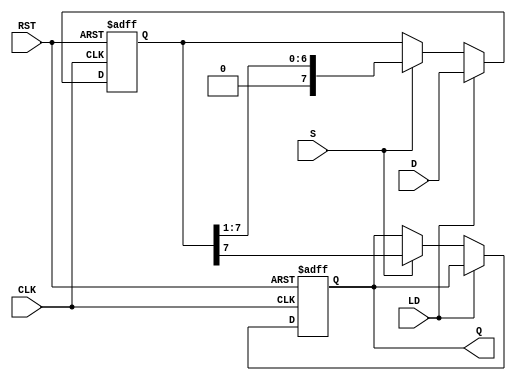
module PISO_Register #(
    parameter WIDTH = 8  // Define the width of the register (number of bits)
)(
    input wire [WIDTH-1:0] D,   // Parallel data input
    input wire LD,               // Load control signal
    input wire S,                // Shift control signal
    input wire CLK,              // Clock signal
    input wire RST,              // Reset signal
    output reg Q                 // Serial output
);

    reg [WIDTH-1:0] shift_reg;   // Shift register to hold the data

    // Asynchronous reset and Load/Shift operation
    always @(posedge CLK or posedge RST) begin
        if (RST) begin
            // On reset, clear the shift register
            shift_reg <= {WIDTH{1'b0}};
            Q <= 1'b0;
        end else begin
            if (LD) begin
                // Load data into the shift register
                shift_reg <= D;
            end else if (S) begin
                // Shift data and update the serial output
                Q <= shift_reg[WIDTH-1]; // Output the MSB
                shift_reg <= {1'b0, shift_reg[WIDTH-1:1]}; // Shift left
            end
        end
    end

endmodule